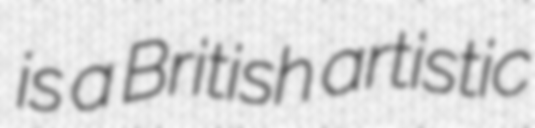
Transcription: is a British artistic